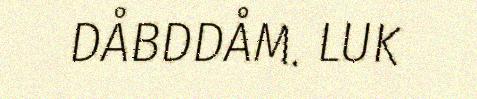
DÅBDDÅM. LUK